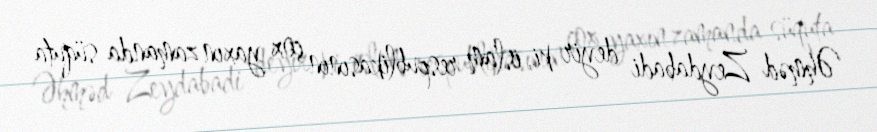
Əhməd Zeydabadi deyir ki, islam respublikasının çox yaxın zamanda süquta